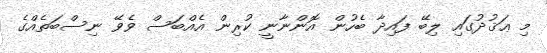
މި ޢަޤުދުގައި ލިބޭ ފައިދާ ބެހުން އޮންނާނީ ކުރިން އެއްބަސް ވެވޭ ނިސްބަތެއްގެ